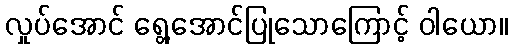
လှုပ်အောင် ရွေ့အောင်ပြုသောကြောင့် ဝါယော။